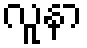
လူနာ